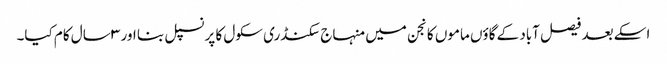
اسکے بعد فیصل آباد کے گاؤں ماموں کانجن میں منہاج سکنڈری سکول کا پرنسپل بنا اور ۳ سال کام کیا۔